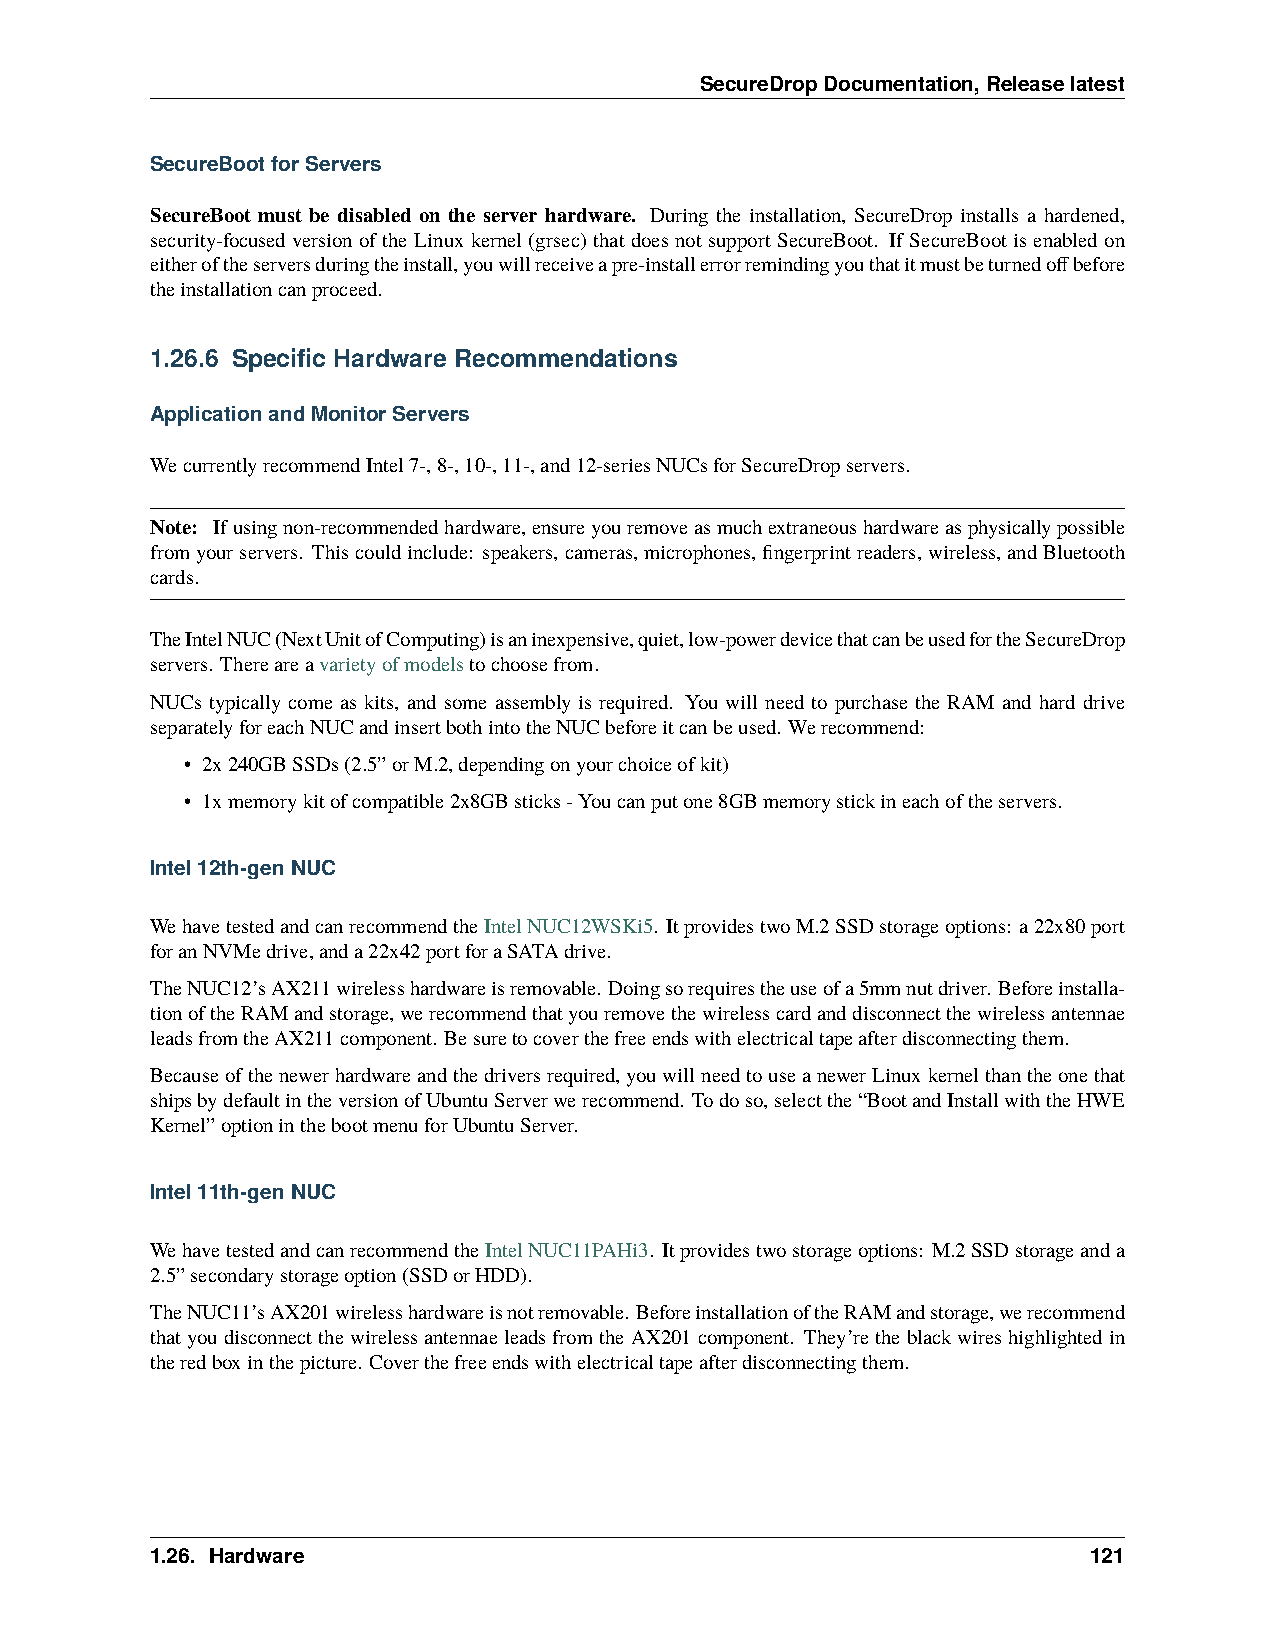
SecureDropDocumentation,Releaselatest
 SecureBootforServers
 SecureBoot must be disabled on the server hardware. During the installation, SecureDrop installs a hardened,
 security-focused version of the Linux kernel (grsec) that does not support SecureBoot. If SecureBoot is enabled on
 eitheroftheserversduringtheinstall,youwillreceiveapre-installerrorremindingyouthatitmustbeturnedoffbefore
 theinstallationcanproceed.
 1.26.6 Specific Hardware Recommendations
 ApplicationandMonitorServers
 WecurrentlyrecommendIntel7-,8-,10-,11-,and12-seriesNUCsforSecureDropservers.
 Note: Ifusingnon-recommendedhardware,ensureyouremoveasmuchextraneoushardwareasphysicallypossible
 fromyourservers. Thiscouldinclude: speakers,cameras,microphones,fingerprintreaders,wireless,andBluetooth
 cards.
 TheIntelNUC(NextUnitofComputing)isaninexpensive,quiet,low-powerdevicethatcanbeusedfortheSecureDrop
 servers. Thereareavarietyofmodelstochoosefrom.
 NUCs typically come as kits, and some assembly is required. You will need to purchase the RAM and hard drive
 separatelyforeachNUCandinsertbothintotheNUCbeforeitcanbeused. Werecommend:
 • 2x240GBSSDs(2.5”orM.2,dependingonyourchoiceofkit)
 • 1xmemorykitofcompatible2x8GBsticks-Youcanputone8GBmemorystickineachoftheservers.
 Intel12th-genNUC
 WehavetestedandcanrecommendtheIntelNUC12WSKi5. ItprovidestwoM.2SSDstorageoptions: a22x80port
 foranNVMedrive,anda22x42portforaSATAdrive.
 TheNUC12’sAX211wirelesshardwareisremovable. Doingsorequirestheuseofa5mmnutdriver. Beforeinstalla-
 tionoftheRAMandstorage,werecommendthatyouremovethewirelesscardanddisconnectthewirelessantennae
 leadsfromtheAX211component. Besuretocoverthefreeendswithelectricaltapeafterdisconnectingthem.
 Becauseofthenewerhardwareandthedriversrequired,youwillneedtouseanewerLinuxkernelthantheonethat
 shipsbydefaultintheversionofUbuntuServerwerecommend. Todoso,selectthe“BootandInstallwiththeHWE
 Kernel”optioninthebootmenuforUbuntuServer.
 Intel11th-genNUC
 WehavetestedandcanrecommendtheIntelNUC11PAHi3. Itprovidestwostorageoptions: M.2SSDstorageanda
 2.5”secondarystorageoption(SSDorHDD).
 TheNUC11’sAX201wirelesshardwareisnotremovable. BeforeinstallationoftheRAMandstorage,werecommend
 thatyoudisconnectthewirelessantennaeleadsfromtheAX201component. They’retheblackwireshighlightedin
 theredboxinthepicture. Coverthefreeendswithelectricaltapeafterdisconnectingthem.
 1.26. Hardware                                                121